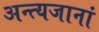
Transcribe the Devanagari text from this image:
अन्त्यजानां